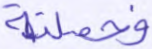
فحملته